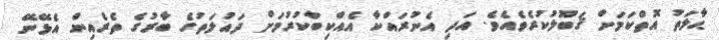
ޙާލަތު އޮތްކަމަށް ޤަބޫލުކުރެވެއެވެ. އަދި އެނުރައްކާ އެއްކިބާކުރުމަށް ދައުލަތުގެ ބާރުގެ ތެރެއިން އެޅޭނޭ